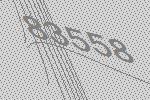
83558